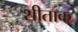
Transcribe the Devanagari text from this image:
शीताक